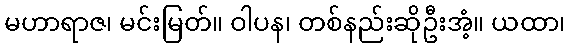
မဟာရာဇ၊ မင်းမြတ်။ ဝါပန၊ တစ်နည်းဆိုဦးအံ့။ ယထာ၊